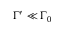
\Gamma ^ { \prime } \ll \Gamma _ { 0 }